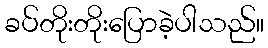
ခပ်တိုးတိုးပြောခဲ့ပါသည်။